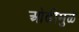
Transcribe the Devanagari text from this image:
ओढीमुळे